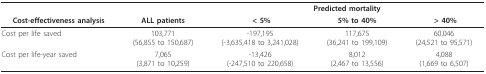
|  |  | <COLSPAN=3> Predicted mortality |
 | Cost-effectiveness analysis | ALL patients | < 5% | 5% to 40% | > 40% |
 | --- | --- | --- | --- | --- |
 | Cost per life saved | 103,771(56,855 to 150,687) | -197,195(-3,635,418 to 3,241,028) | 117,675(36,241 to 199,109) | 60,046(24,521 to 95,571) |
 | Cost per life-year saved | 7,065(3,871 to 10,259) | -13,426(-247,510 to 220,658) | 8,012(2,467 to 13,556) | 4,088(1,669 to 6,507) |